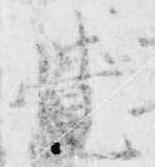
覚